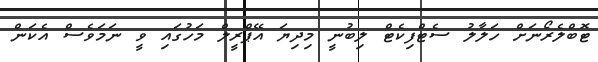
ޓޮބްލެރޯނަށް ހަލާލު ސެޓްފިކެޓް ލިބުނީ މިދިޔަ އޭޕްރީލް މަހުގައި ވީ ނަމަވެސް އެކަން